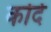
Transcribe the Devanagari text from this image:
कोर्द